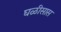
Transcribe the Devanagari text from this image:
घळीसास